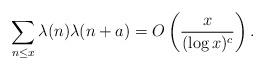
LaTeX: \begin{align*} \sum_{n \leq x} \lambda(n) \lambda(n+a) =O \left (\frac{x}{(\log x)^{c}} \right ). \end{align*}